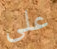
على